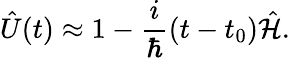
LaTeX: {\hat{U}}(t)\approx 1-{\frac{i}{\hbar}}(t-t_{0}){\hat{\mathcal{H}}}.